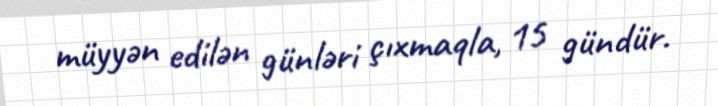
müyyən edilən günləri çıxmaqla, 15 gündür.